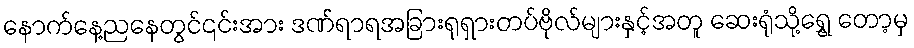
နောက်နေ့ညနေတွင်၎င်းအား ဒဏ်ရာရအခြားရုရှားတပ်ဗိုလ်များနှင့်အတူ ဆေးရုံသို့ရွှေ့ တော့မှ